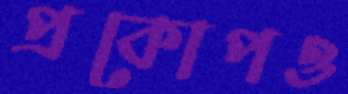
প্রকোপও